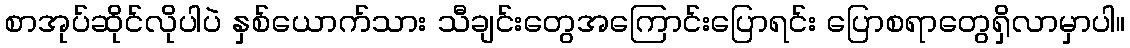
စာအုပ်ဆိုင်လိုပါပဲ နှစ်ယောက်သား သီချင်းတွေအကြောင်းပြောရင်း ပြောစရာတွေရှိလာမှာပါ။